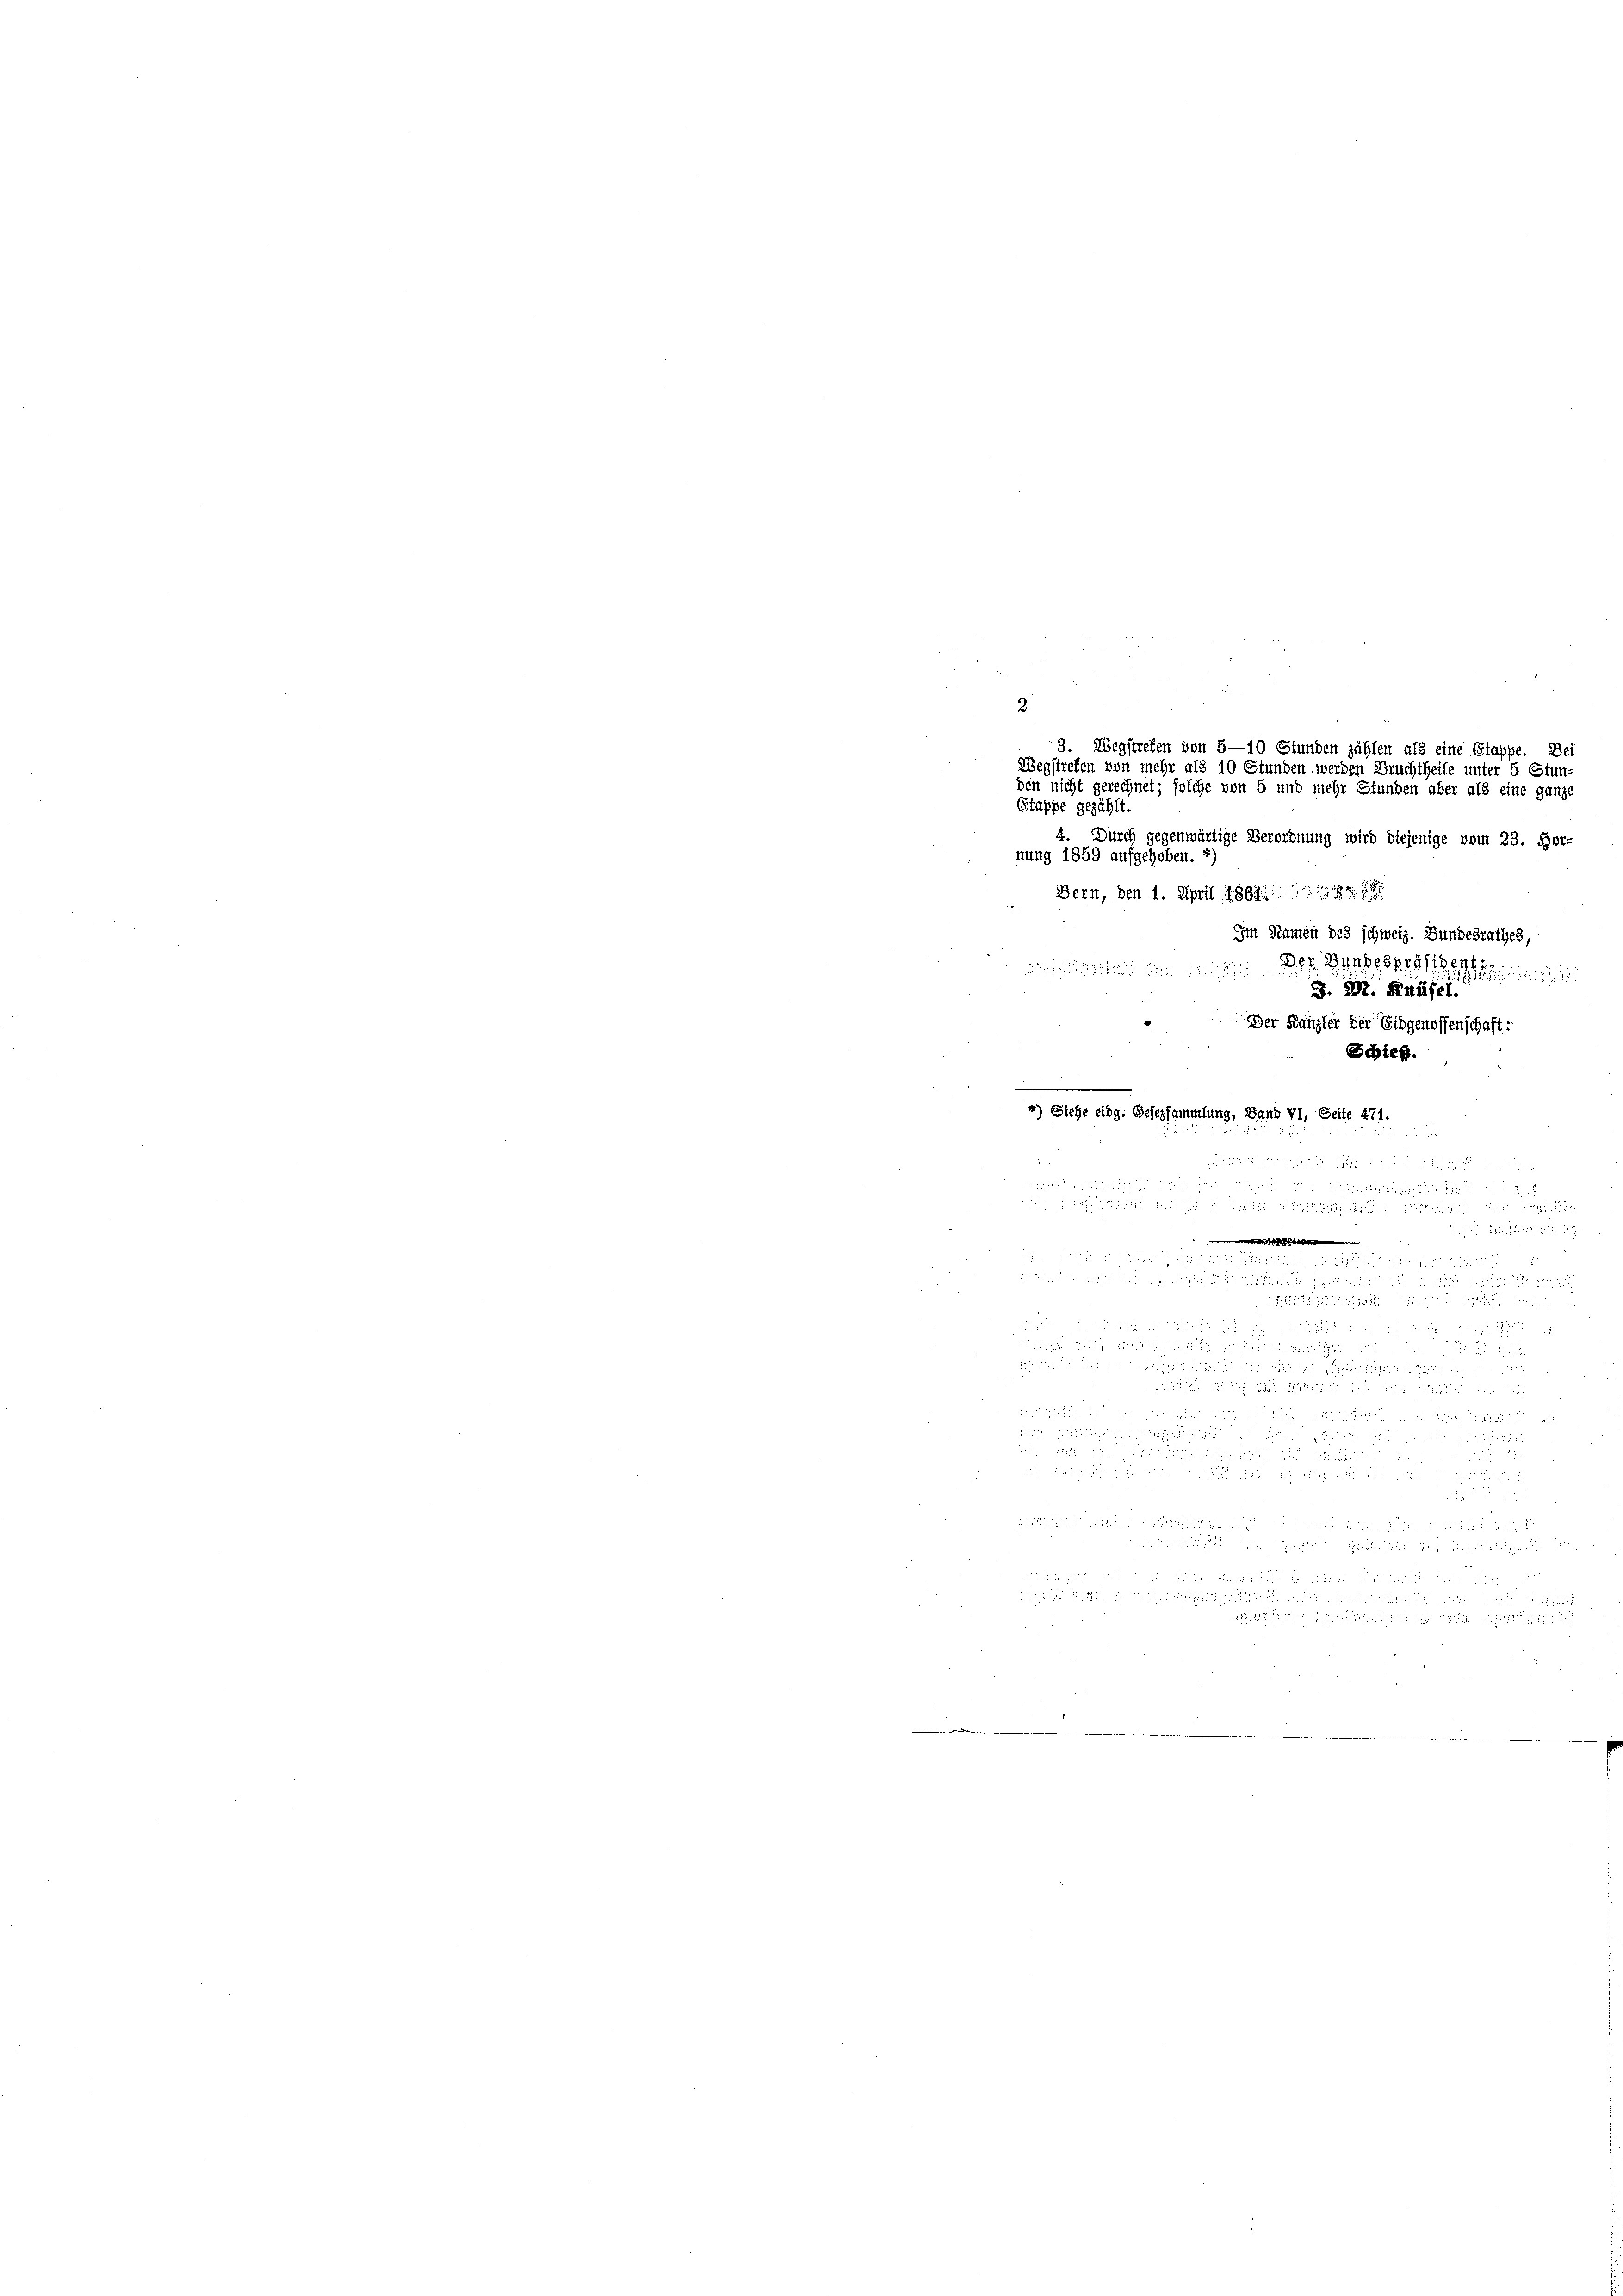
2
3. Wegstrefen von 5-10 Stunden zählen als eine Stappe. Dei
Wegstreten von mehr als 10 Stunden werden
den nicht gerechnet; solche von 5 und mehr Stunden aber als eine ganze
Stappe gezählt
4. Durch gegenwärtige Verordnung wird diejenige vom 23. For-

nung 1859 aufgehoben. 2)
Bern, den 1. April 1864. 188

e
e
5
e
.

Im Namen des schweiz. Bundesrathes,
Der Bundessessigent
J. 27. Knüsel.
Schieß.
*) Siehe eidg. Gesersammlung, Band VI, Seite 471.

 241. 1125
 est
d sie in der Richt
 u einigen sich ist in
   den

 K

 südlich zu er

 ut der auf den auch
   de
e

Der Kanzler der Eidgenossenschaft:

ter 5 Stun-